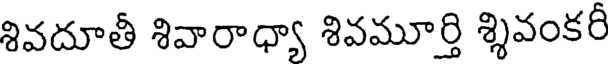
శివదూతీ శివారాధ్యా శివమూర్తి శ్శివంకరీ